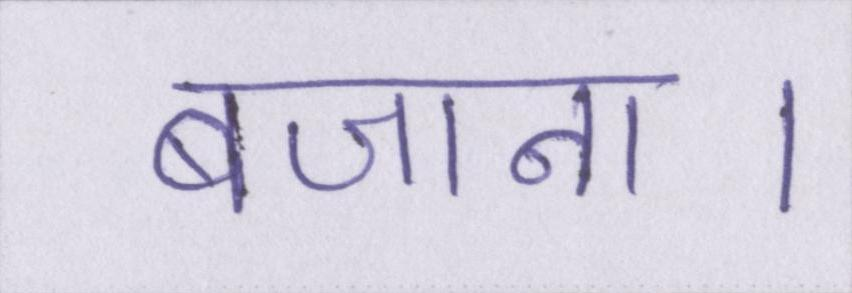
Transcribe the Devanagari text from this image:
बजाना।